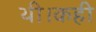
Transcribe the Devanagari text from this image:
थी।कही